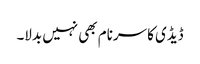
ڈیڈی کا سرنام بھی نہیں بدلا۔